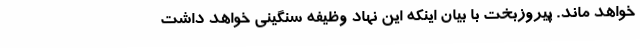
خواهد ماند. پیروزبخت با بیان اینکه این نهاد وظیفه سنگینی خواهد داشت